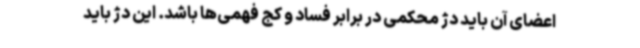
اعضای آن باید دژ محکمی در برابر فساد و کج فهمی‌ها باشد. این دژ باید